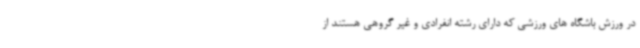
در ورزش باشگاه های ورزشی که دارای رشته انفرادی و غیر گروهی هستند از